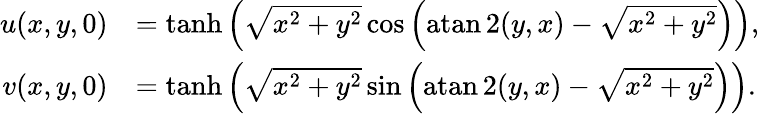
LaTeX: \begin{array}{rl}{u(x,y,0)}&{=\operatorname{tanh}\left(\sqrt{x^{2}+y^{2}}\cos\left(\operatorname{atan2}(y,x)-\sqrt{x^{2}+y^{2}}\right)\right),}\\ {v(x,y,0)}&{=\operatorname{tanh}\left(\sqrt{x^{2}+y^{2}}\sin\left(\operatorname{atan2}(y,x)-\sqrt{x^{2}+y^{2}}\right)\right).}\end{array}